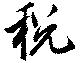
税